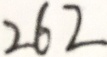
2 6 2